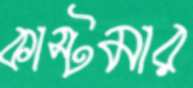
কাস্টমার